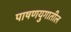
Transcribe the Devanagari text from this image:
पाषणयुगातील